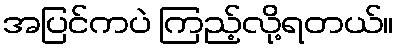
အပြင်ကပဲ ကြည့်လို့ရတယ်။